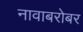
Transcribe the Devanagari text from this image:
नावाबरोबर